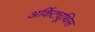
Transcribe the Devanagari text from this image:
अर्किट्यूथिस